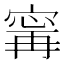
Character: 𫳬